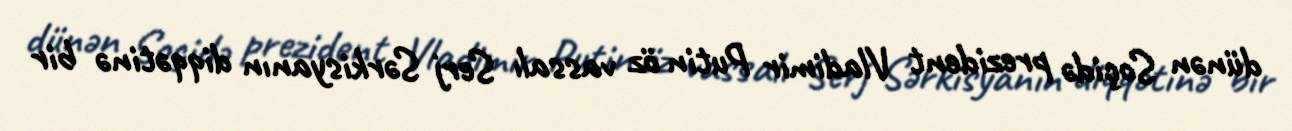
dünən Soçidə prezident Vladimir Putin öz vassalı Serj Sərkisyanın diqqətinə bir